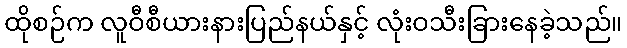
ထိုစဉ်က လူဝီစီယားနားပြည်နယ်နှင့် လုံးဝသီးခြားနေခဲ့သည်။